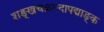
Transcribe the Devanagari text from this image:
शङ्खचक्रगदापद्माङ्क